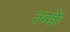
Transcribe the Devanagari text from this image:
तबक़ें